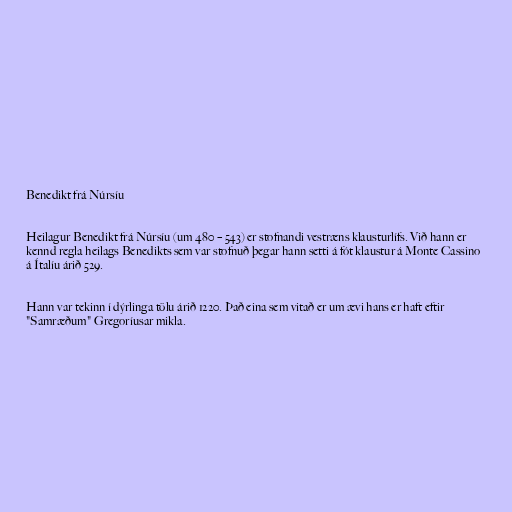
Benedikt frá Núrsíu

Heilagur Benedikt frá Núrsíu (um 480 – 543) er stofnandi vestræns klausturlífs. Við hann er
kennd regla heilags Benedikts sem var stofnuð þegar hann setti á fót klaustur á Monte Cassino
á Ítalíu árið 529.

Hann var tekinn í dýrlinga tölu árið 1220. Það eina sem vitað er um ævi hans er haft eftir
"Samræðum" Gregoríusar mikla.